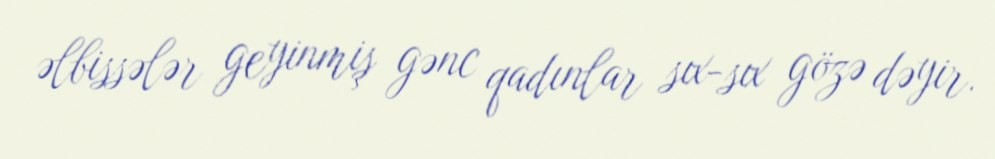
əlbissələr geyinmiş gənc qadınlar sıx-sıx gözə dəyir.